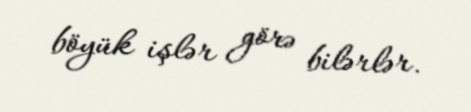
böyük işlər görə bilərlər.